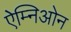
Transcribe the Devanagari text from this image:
ऐम्निओन